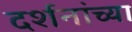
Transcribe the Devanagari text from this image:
दर्शनांच्या